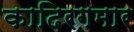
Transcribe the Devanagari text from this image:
कादिरगमार